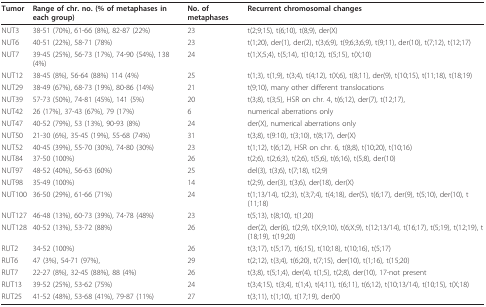
<table><thead><tr><td><b>Tumor</b></td><td><b>Range of chr. no. (% of metaphases in each group)</b></td><td><b>No. of metaphases</b></td><td><b>Recurrent chromosomal changes</b></td></tr></thead><tbody><tr><td>NUT3</td><td>38-51 (70%), 61-66 (8%), 82-87 (22%)</td><td>23</td><td>t(2;9;15), t(6;10), t(8;9), der(X)</td></tr><tr><td>NUT6</td><td>40-51 (22%), 58-71 (78%)</td><td>23</td><td>t(1;20), der(1), der(2), t(3;6;9), t(9;6;3;6;9), t(9;11), der(10), t(7;12), t(12;17)</td></tr><tr><td>NUT7</td><td>39-45 (25%), 56-73 (17%), 74-90 (54%), 138 (4%)</td><td>24</td><td>t(1;X;5;4), t(5;14), t(10;12), t(5;15), t(X;10)</td></tr><tr><td>NUT12</td><td>38-45 (8%), 56-64 (88%) 114 (4%)</td><td>25</td><td>t(1;3), t(1;9), t(3;4), t(4;12), t(X;6), t(8;11), der(9), t(10;15), t(11;18), t(18;19)</td></tr><tr><td>NUT29</td><td>38-49 (67%), 68-73 (19%), 80-86 (14%)</td><td>21</td><td>t(9;10), many other different translocations</td></tr><tr><td>NUT39</td><td>57-73 (50%), 74-81 (45%), 141 (5%)</td><td>20</td><td>t(3;8), t(3;5), HSR on chr. 4, t(6;12), der(7), t(12;17),</td></tr><tr><td>NUT42</td><td>26 (17%), 37-43 (67%), 79 (17%)</td><td>6</td><td>numerical aberrations only</td></tr><tr><td>NUT47</td><td>40-52 (79%), 53 (13%), 90-93 (8%)</td><td>24</td><td>der(X), numerical aberrations only</td></tr><tr><td>NUT50</td><td>21-30 (6%), 35-45 (19%), 55-68 (74%)</td><td>31</td><td>t(3;8), t(9:10), t(3;10), t(8;17), der(X)</td></tr><tr><td>NUT52</td><td>40-45 (39%), 55-70 (30%), 74-80 (30%)</td><td>23</td><td>t(1;12), t(6;12), HSR on chr. 6, t(8;8), t(10;20), t(10;16)</td></tr><tr><td>NUT84</td><td>37-50 (100%)</td><td>26</td><td>t(2;6), t(2;6;3), t(2;6), t(5;6), t(6;16), t(5;8), der(10)</td></tr><tr><td>NUT97</td><td>48-52 (40%), 56-63 (60%)</td><td>25</td><td>del(3), t(3;6), t(7;18), t(2;9)</td></tr><tr><td>NUT98</td><td>35-49 (100%)</td><td>14</td><td>t(2;9), der(3), t(3;6), der(18), der(X)</td></tr><tr><td>NUT100</td><td>36-50 (29%), 61-66 (71%)</td><td>24</td><td>t(1;13/14), t(2;3), t(3;7;4), t(4;18), der(5), t(6;17), der(9), t(5;10), der(10), t(11;18)</td></tr><tr><td>NUT127</td><td>46-48 (13%), 60-73 (39%), 74-78 (48%)</td><td>23</td><td>t(5;13), t(8;10), t(1;20)</td></tr><tr><td>NUT128</td><td>40-52 (13%), 53-72 (88%)</td><td>26</td><td>der(2), der(6), t(2;9), t(X;9;10), t(6;X;9), t(12;13/14), t(16;17), t(5;19), t(12;19), t(18;19), t(19;20)</td></tr><tr><td>RUT2</td><td>34-52 (100%)</td><td>26</td><td>t(3;17), t(5;17), t(6;15), t(10;18), t(10;16), t(5;17)</td></tr><tr><td>RUT6</td><td>47 (3%), 54-71 (97%),</td><td>29</td><td>t(2;12), t(3;4), t(6;20), t(7;15), der(10), t(1;16), t(15;20)</td></tr><tr><td>RUT7</td><td>22-27 (8%), 32-45 (88%), 88 (4%)</td><td>26</td><td>t(3;8), t(5;1;4), der(4), t(1;5), t(2;8), der(10), 17-not present</td></tr><tr><td>RUT13</td><td>39-52 (25%), 53-62 (75%)</td><td>24</td><td>t(3;4;15), t(3;4), t(1;4), t(4;11), t(6;11), t(6;12), t(10;13/14), t(10;15), t(X;18)</td></tr><tr><td>RUT25</td><td>41-52 (48%), 53-68 (41%), 79-87 (11%)</td><td>27</td><td>t(3;11), t(1;10), t(17;19), der(X)</td></tr></tbody></table>